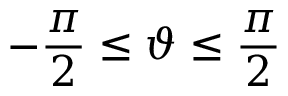
- \frac { \pi } { 2 } \leq \vartheta \leq \frac { \pi } { 2 }